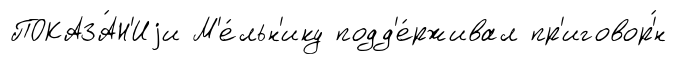
ПОКАЗА́Н'Иjи М'е́льн'ику подд'е́рживал пр'иговор'́н